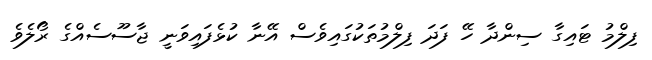
ފިލްމު ޓައިގާ ސިންދާ ހޭ ފަދަ ފިލްމުތަކުގައިވެސް އޭނާ ކުޅެފައިވަނީ ޖާސޫސެއްގެ ރޯލެވެ